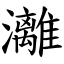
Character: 灕